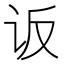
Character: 𰵐